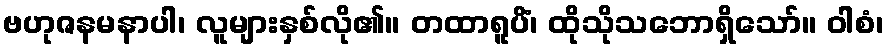
ဗဟုဇနမနာပါ၊ လူများနှစ်လို၏။ တထာရူပိံ၊ ထိုသိုသဘောရှိသော်။ ဝါစံ၊